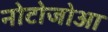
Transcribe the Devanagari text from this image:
नोटोजोआ